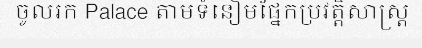
ចូលរក Palace តាមទំនៀមផ្នែកប្រវត្តិសាស្ត្រ